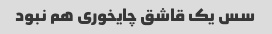
سس یک قاشق چایخورى هم نبود